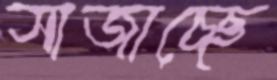
সাজাচ্ছে